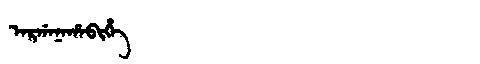
Manchu: ᠠᡵᡤᠠᠨᠠᡥᠠᠪᡳᡥᡝ
Romanization: ARGANAHABIHE